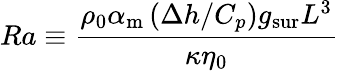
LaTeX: Ra\equiv\frac{\rho_{0}\alpha_{\mathrm{m}}\left(\Delta h/C_{p}\right){g_{\mathrm{sur}}}L^{3}}{\kappa\eta_{0}}